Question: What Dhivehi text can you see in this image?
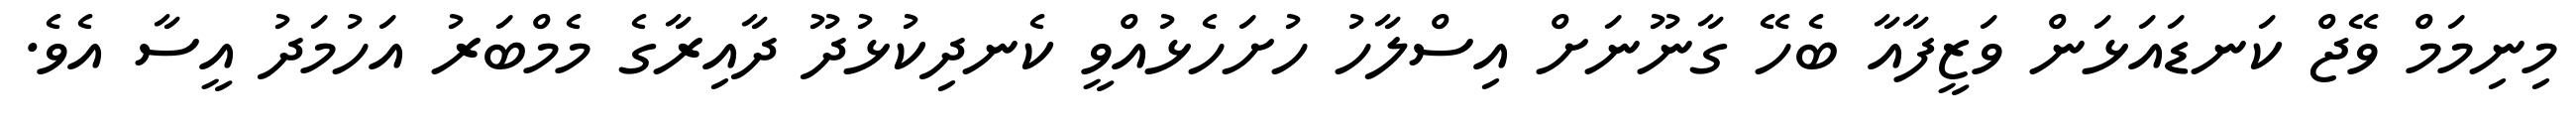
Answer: މިނިމަމް ވޭޖް ކަނޑައަޅަން ވަޒީފާއާ ބެހޭ ގާނޫނަށް އިސްލާހު ހުށަހެޅުއްވީ ކެނދިކުޅުދޫ ދާއިރާގެ މެމްބަރު އަހުމަދު އީސާ އެވެ.